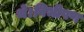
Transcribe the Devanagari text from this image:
थे।विभीषण